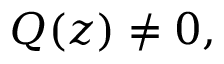
Q ( z ) \neq 0 ,